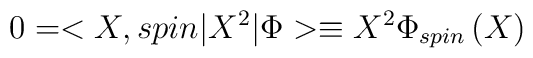
0=<X,spin|X^{2}|\Phi >\equiv X^{2}\Phi _{spin}\left( X\right)